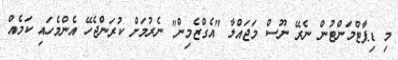
މި ޑިޕާޓްމަންޓުން ނެރޭ ނޫސް މަޖައްލާ "އެގްޒެމިން" ނެރުމަށް ކުރަންޖެހޭ އެންމެހައި ކަމެއް